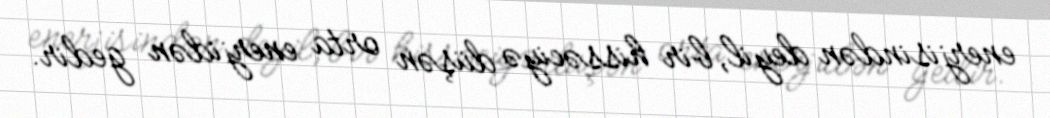
enerjisindən deyil, bir hissəciyə düşən orta enerjidən gedir.